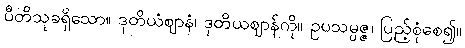
ပီတိသုခရှိသော။ ဒုတိယံဈာနံ၊ ဒုတိယဈာန်ကို။ ဥပသမ္ပဇ္ဇ၊ ပြည့်စုံစေ၍။